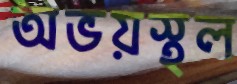
অভয়স্থল